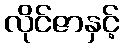
လိုင်ဇာနှင့်